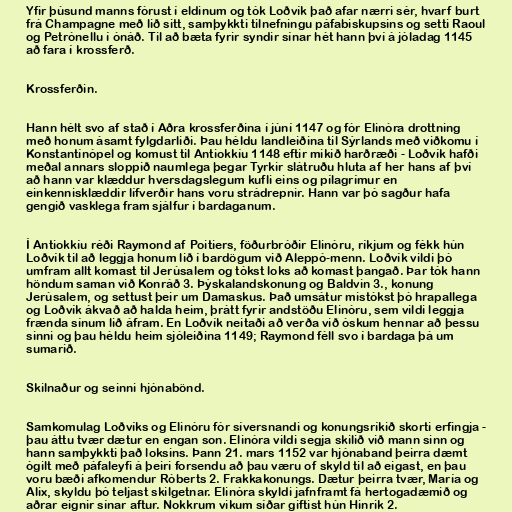
Yfir þúsund manns fórust í eldinum og tók Loðvík það afar nærri sér, hvarf burt
frá Champagne með lið sitt, samþykkti tilnefningu páfabiskupsins og setti Raoul
og Petrónellu í ónáð. Til að bæta fyrir syndir sínar hét hann því á jóladag 1145
að fara í krossferð.

Krossferðin.

Hann hélt svo af stað í Aðra krossferðina í júní 1147 og fór Elinóra drottning
með honum ásamt fylgdarliði. Þau héldu landleiðina til Sýrlands með viðkomu í
Konstantínópel og komust til Antiokkíu 1148 eftir mikið harðræði - Loðvík hafði
meðal annars sloppið naumlega þegar Tyrkir slátruðu hluta af her hans af því
að hann var klæddur hversdagslegum kufli eins og pílagrímur en
einkennisklæddir lífverðir hans voru strádrepnir. Hann var þó sagður hafa
gengið vasklega fram sjálfur í bardaganum.

Í Antiokkíu réði Raymond af Poitiers, föðurbróðir Elinóru, ríkjum og fékk hún
Loðvík til að leggja honum lið í bardögum við Aleppó-menn. Loðvík vildi þó
umfram allt komast til Jerúsalem og tókst loks að komast þangað. Þar tók hann
höndum saman við Konráð 3. Þýskalandskonung og Baldvin 3., konung
Jerúsalem, og settust þeir um Damaskus. Það umsátur mistókst þó hrapallega
og Loðvík ákvað að halda heim, þrátt fyrir andstöðu Elinóru, sem vildi leggja
frænda sínum lið áfram. En Loðvík neitaði að verða við óskum hennar að þessu
sinni og þau héldu heim sjóleiðina 1149; Raymond féll svo í bardaga þá um
sumarið.

Skilnaður og seinni hjónabönd.

Samkomulag Loðvíks og Elinóru fór síversnandi og konungsríkið skorti erfingja -
þau áttu tvær dætur en engan son. Elinóra vildi segja skilið við mann sinn og
hann samþykkti það loksins. Þann 21. mars 1152 var hjónaband þeirra dæmt
ógilt með páfaleyfi á þeiri forsendu að þau væru of skyld til að eigast, en þau
voru bæði afkomendur Róberts 2. Frakkakonungs. Dætur þeirra tvær, María og
Alix, skyldu þó teljast skilgetnar. Elinóra skyldi jafnframt fá hertogadæmið og
aðrar eignir sínar aftur. Nokkrum vikum síðar giftist hún Hinrik 2.